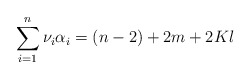
\begin{align*}\sum_{i=1}^{n}\nu_{i}\alpha_{i}=(n-2)+2m+2Kl\end{align*}